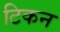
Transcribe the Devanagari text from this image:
टिकन